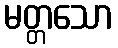
မတ္တသော